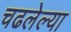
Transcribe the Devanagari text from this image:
चढलेल्या